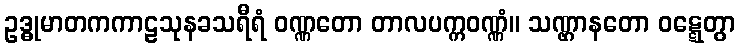
ဥဒ္ဓုမာတကကာဠသုနခသရီရံ ဝဏ္ဏတော တာလပက္ကဝဏ္ဏံ။ သဏ္ဌာနတော ဝဋ္ဋေတွာ